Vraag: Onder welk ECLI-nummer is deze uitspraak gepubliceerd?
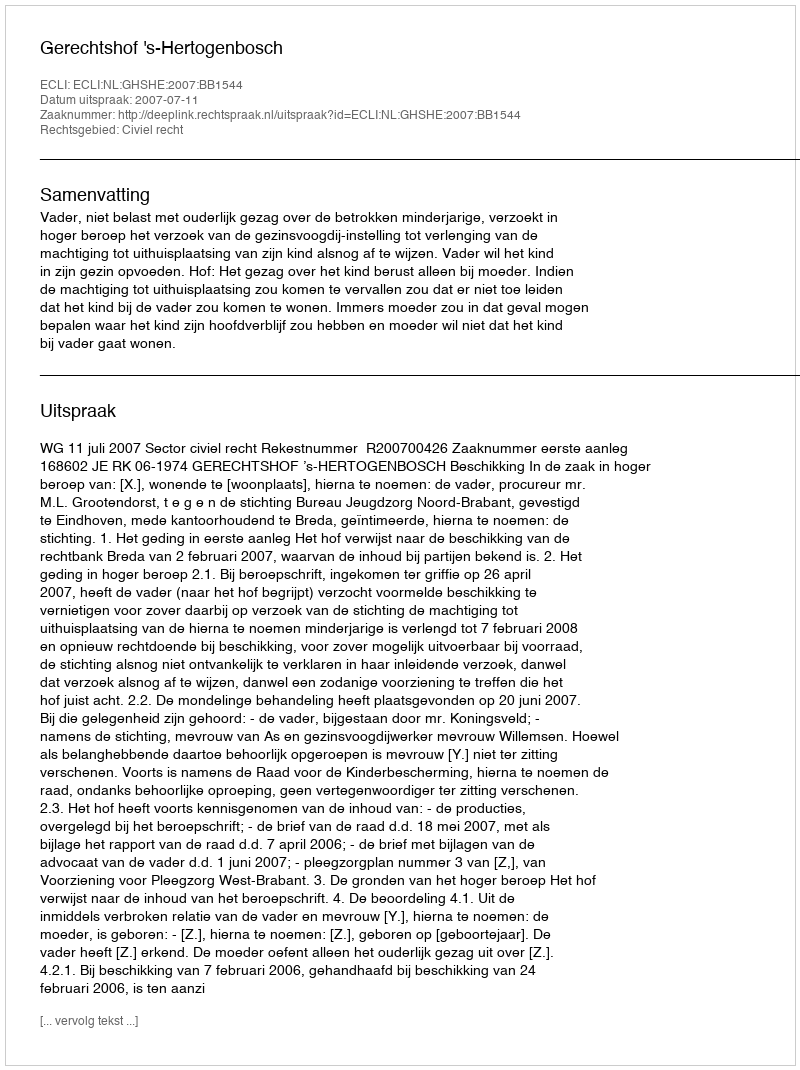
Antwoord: ECLI:NL:GHSHE:2007:BB1544